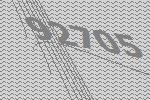
92705